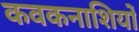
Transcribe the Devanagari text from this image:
कवकनाशियों